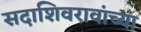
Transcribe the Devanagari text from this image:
सदाशिवरावांच्या